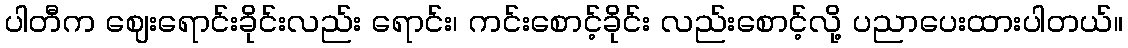
ပါတီက ဈေးရောင်းခိုင်းလည်း ရောင်း၊ ကင်းစောင့်ခိုင်း လည်းစောင့်လို့ ပညာပေးထားပါတယ်။